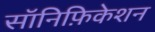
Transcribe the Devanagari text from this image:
सॉनिफ़िकेशन